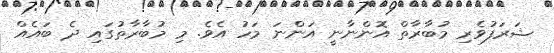
ޝަރަފުވެރި މުބާރާތް އޮންނާނީ އަންނަ މަހު އެވެ. މި މުބާރާތުގައި ދެ ބައެއް